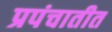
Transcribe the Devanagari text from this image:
प्रपंचातीत